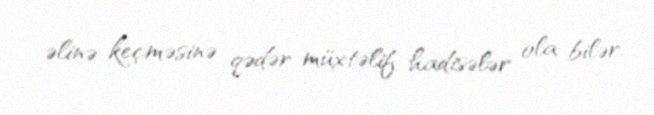
əlinə keçməsinə qədər müxtəlif hadisələr ola bilər.